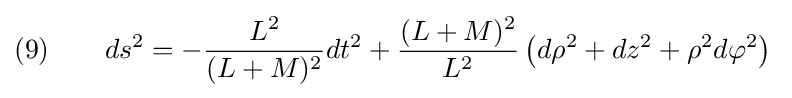
(9)\qquad ds^{2}=-{\frac {L^{2}}{(L+M)^{2}}}dt^{2}+{\frac {(L+M)^{2}}{L^{2}}}\,{\big (}d\rho ^{2}+dz^{2}+\rho ^{2}d\varphi ^{2}{\big )}\;